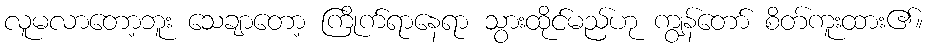
လူမလာတော့ဘူး သေချာတော့ ကြိုက်ရာနေရာ သွားထိုင်မည်ဟု ကျွန်တော် စိတ်ကူးထား၏။